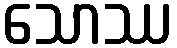
သောဿ